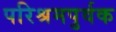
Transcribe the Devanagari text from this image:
परिश्रमपुर्वक